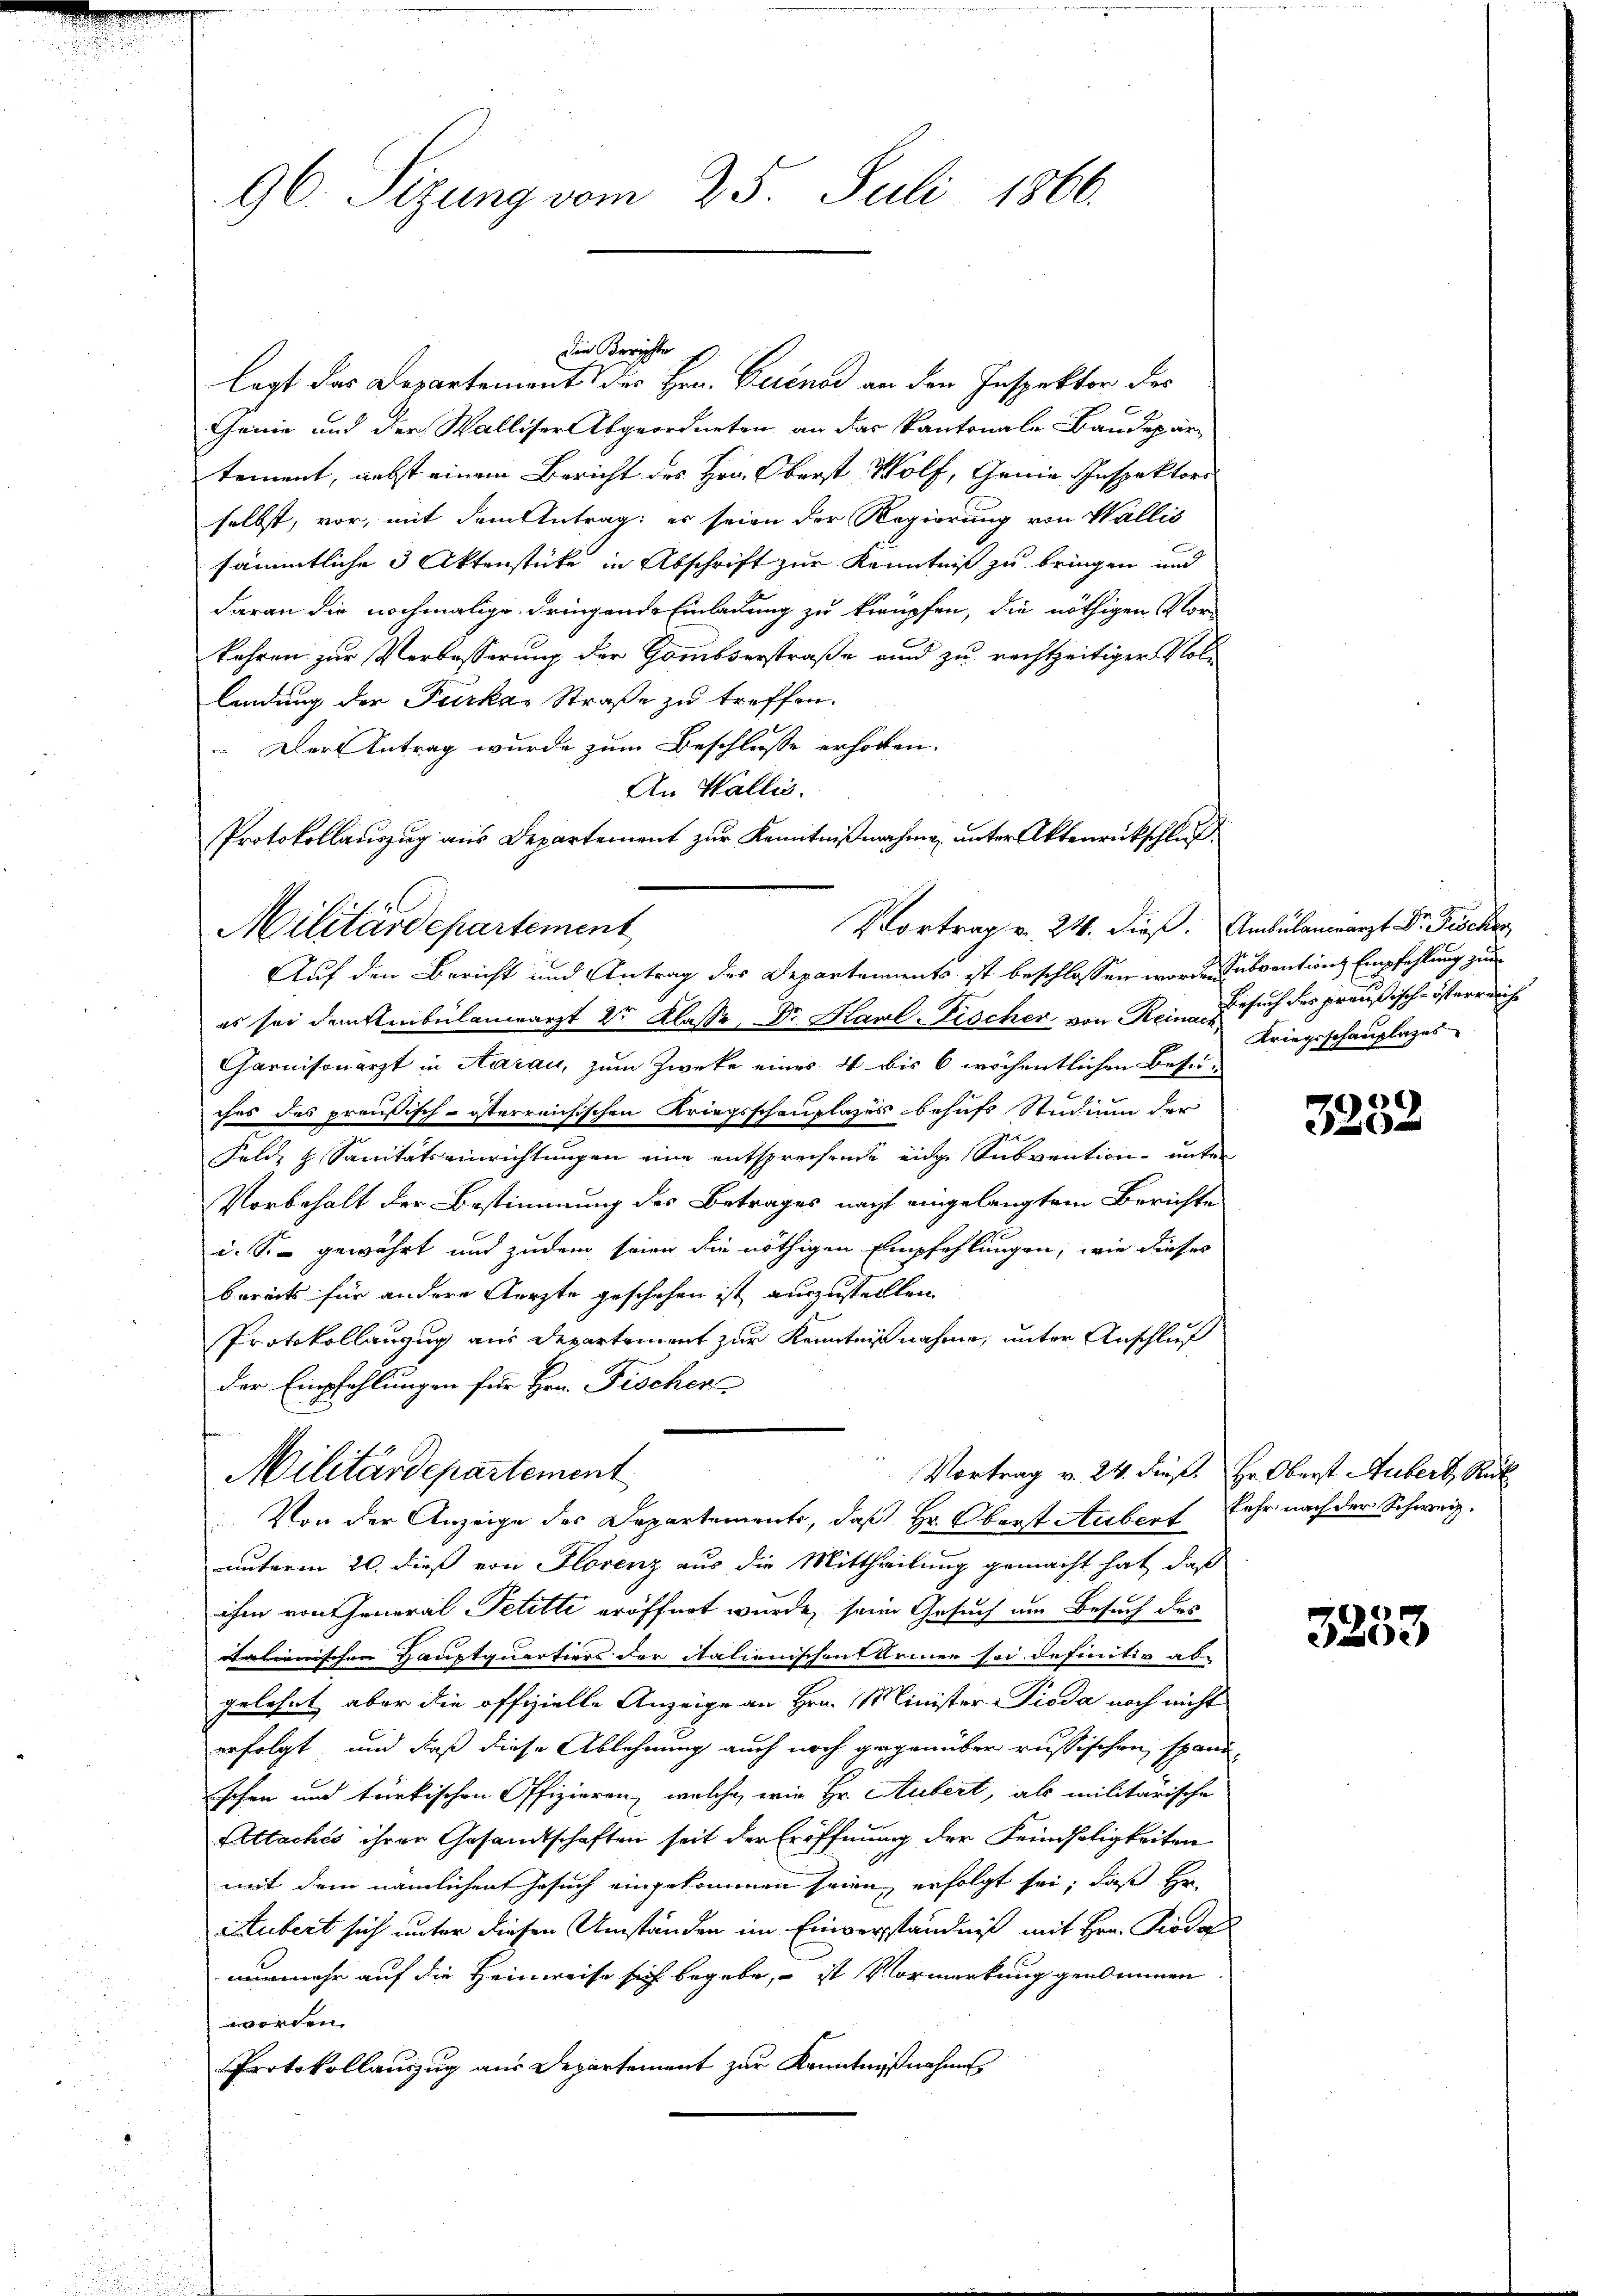
96. Sizung vom 25. Juli 1866.

die Berichte
legt das Departement des Hrn. Cuenod an den Inspektor des
Cheine und der Walliser Abgeordneten an das Kantonale Baudepar-
tement, nebst einem Bericht des Hrn. Oberst Wölf, Genie-Inspektors
selbst, vor, mit dem Antrag; es seien der Regierung von Wallis
sämmtliche 3 Aktenstücke in Abschrift zur Kenntniß zu bringen und
daran die nochmalige dringende Einladung zu knüpfen, die nöthigen Vorkahren zur Verbesserung der Hombserstraße und zu rechtzeitiger Vollendung der Furka, Straße zu treffen.
 Der Antrag wurde zum Beschlusse erhoben.
An Wallis.
Protokollauszug aus Departement zur Kenntnißnahme, unter Aktenrückschluß
Militärdepartement
Auf den Bericht und Antrag des Departements ist beschlossen worden Subventions Empfehlung zur
es sei dem Ambulanzarzt 2r Klasse, Dr. Havl-Fischer, von Reine Besuch des preußisch-österreich
Garnisonarzt in Aarau, zum Zwecke eines 4 bis 6 wöchentlichen Besuches des preußisch-österreichischen Kriegsschauplases behufs Studium der
Feld- & Sanitätseinrichtungen eine entsprechende eidge Subvention unter
Vorbehalt der Bestimmung des Betrages nacht eingelangtem Berichte
i. So gewährt und zudem seien die nöthigen Empfehlungen, wie dieses
bereits für andere Aerzte geschehen ist auszustellten
Protokollanzug aus Departement zur Kenntnisnahme, unter Anschluß
der Empfehlungen für Hrn. Fischer
Vortrag v. 24. dieß. Hr. Oberst Hubert, Rek
Militärdepartement
Von der Anzeige des Departements, daß Hr. Oberst Aubert
unterm 20. dieß von Florenz aus die Mittheilung gemacht hat, daß
ihm von General Petitti eröffnet wurde, seine Gesuch um Besuch das
alcanischen Hauptquartiers der itationischens Armen sei definitiv ab-
gelehnt, aber die offizielle Anzeige an Hrn. Minister Pioda noch nicht
erfolgt, und daß diese Ablehnung auch noch gegenüber russischen spanischen und türkischen Offizieren, welche, wie Hr. Aubert, als militärische
Pettachés ihrer Gesandtschaften seit der Eröffnung der Feindseligkeiten
mit dem nämlichen Gesuch eingekommen seien, erfolgt sei, daß Hr.
Hubert sich unter diesen Umständen im Einverständniß mit Hrn. Pioda
nunmehr auf die Heinweise sich begebe, – ist Vormerkung genommen
worden.
Protokollauszug aus Departement zur Kenntnißnahme

Vortrag v. 24. dieß. Ambulandearzt Dr. Fischer,

Kriegsschauplazes

e

fahr nach der Schweiz.

3253